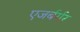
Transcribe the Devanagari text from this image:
एजर्बर्गर